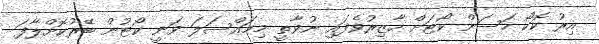
އިރު ކޮކޯ ހަސަން ކޯޓަށް ހާޒިރުވެފައި ނުވާތީ މިމައްސަލަ ވަނީ ކޯޓުން ބޭރުކޮށްލާފަ